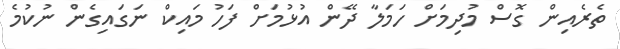
ތެރެއިން ގޮސް މުދިމަށް ހަމަލާ ދޭން އުޅުމަށް ފަހު މައިކް ނަގައިގެން ނުކުމެ